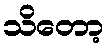
သိတော့